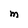
Character: M